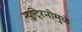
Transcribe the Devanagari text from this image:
न्यूट्रिनोमुळे